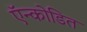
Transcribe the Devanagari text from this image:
ऍन्कोडित